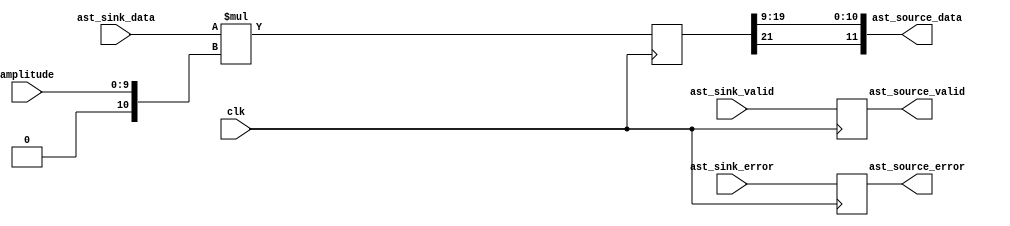
//
// Copyright (c) 2015 Thomas R. Murphy and Case Western Reserve University
// All Rights Reserved
//
// Developed by Thomas Russell Murphy (trm70) during employment as teaching
// assistant of EECS 301 at CWRU.
//
// THIS SOFTWARE IS PROVIDED BY THE COPYRIGHT HOLDERS AND CONTRIBUTORS ``AS IS''
// AND ANY EXPRESS OR IMPLIED WARRANTIES, INCLUDING, BUT NOT LIMITED TO, THE
// IMPLIED WARRANTIES OF MERCHANTABILITY AND FITNESS FOR A PARTICULAR PURPOSE ARE
// DISCLAIMED. IN NO EVENT SHALL THE COPYRIGHT HOLDER OR CONTRIBUTORS BE LIABLE FOR
// ANY DIRECT, INDIRECT, INCIDENTAL, SPECIAL, EXEMPLARY, OR CONSEQUENTIAL DAMAGES
// (INCLUDING, BUT NOT LIMITED TO, PROCUREMENT OF SUBSTITUTE GOODS OR SERVICES;
// LOSS OF USE, DATA, OR PROFITS; OR BUSINESS INTERRUPTION) HOWEVER CAUSED AND ON
// ANY THEORY OF LIABILITY, WHETHER IN CONTRACT, STRICT LIABILITY, OR TORT
// (INCLUDING NEGLIGENCE OR OTHERWISE) ARISING IN ANY WAY OUT OF THE USE OF THIS
// SOFTWARE, EVEN IF ADVISED OF THE POSSIBILITY OF SUCH DAMAGE.
//

module amplitude_adjust
       (
           input clk,
           input [ 9: 0 ] amplitude,
           input signed [ 11: 0 ] ast_sink_data,
           input ast_sink_valid,
           input [ 1: 0 ] ast_sink_error,
           output signed [ 11: 0 ] ast_source_data,
           output reg ast_source_valid,
           output reg [ 1: 0 ] ast_source_error
       );
//

reg signed [ 21: 0 ] signed_result;
// Keep sign bit
// Drop bit created by conversion of unsigned amplitude
assign ast_source_data = { signed_result[ 21 ], signed_result[ 19: 9 ] };

always @ ( posedge clk ) begin
    signed_result <= $signed( ast_sink_data ) * $signed( { 1'b0, amplitude } );
    ast_source_valid <= ast_sink_valid;
    ast_source_error <= ast_sink_error;
end
endmodule